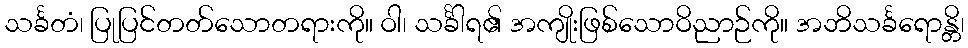
သင်္ခတံ၊ ပြုပြင်တတ်သောတရားကို။ ဝါ၊ သင်္ခါရ၏ အကျိုးဖြစ်သောဝိညာဉ်ကို။ အဘိသင်္ခရောန္တိ၊